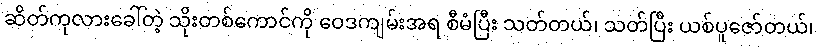
ဆိတ်ကုလားခေါ်တဲ့ သိုးတစ်ကောင်ကို ဝေဒကျမ်းအရ စီမံပြီး သတ်တယ်၊ သတ်ပြီး ယစ်ပူဇော်တယ်၊